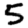
Digit: 5